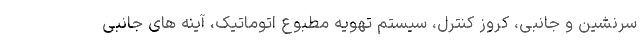
سرنشین و جانبی، کروز کنترل، سیستم تهویه مطبوع اتوماتیک، آینه های جانبی